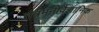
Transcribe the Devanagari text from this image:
तंत्रमनोवैज्ञानिक